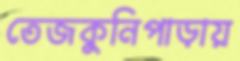
তেজকুনিপাড়ায়